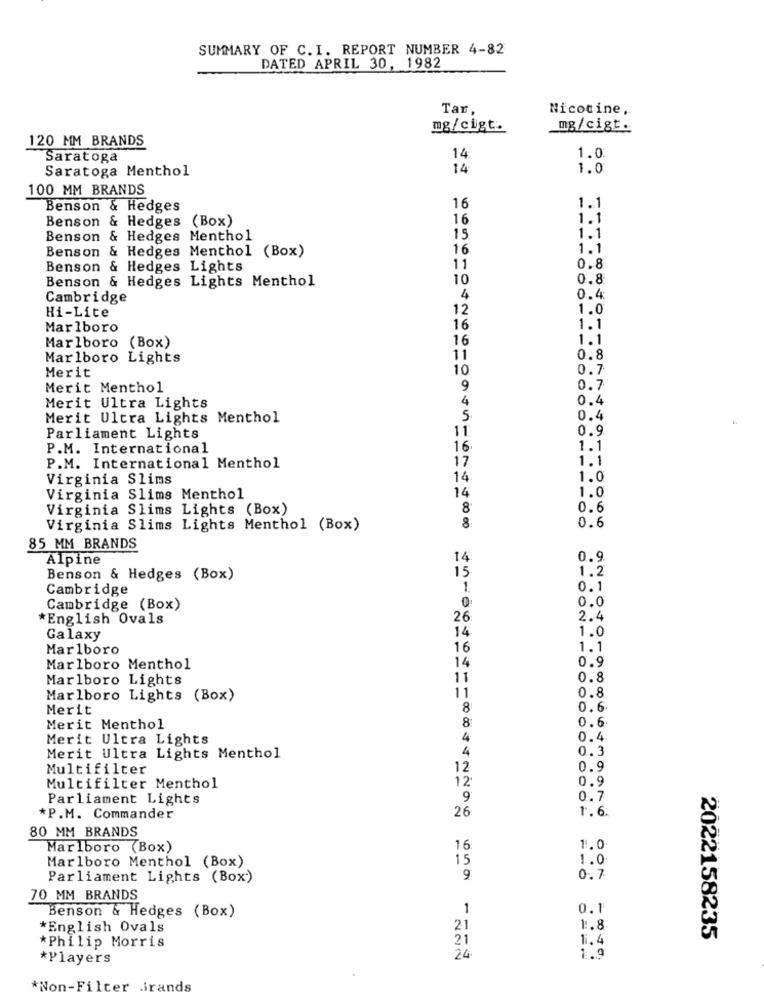
SUMMARY OF C. I. REPORT NUMBER 4-82
DATED APRIL 30, 1982
Tar,
Nicotine,
mg/cigt.
mg/cigt.
120 MM BRANDS
Saratoga
14
1.0
Saratoga Menthol
14
1.0
100 MM BRANDS
Benson & Hedges
16
1.1
Benson & Hedges (Box)
16
1.1
1.1
Benson & Hedges Menthol
15
Benson & Hedges Menthol (Box)
16
1.1
Benson & Hedges Lights
11
0.8
Benson & Hedges Lights Menthol
10
0.8
Cambridge
4
0.4
12
1.0
Hi-Lite
Marlboro
16
1.1
16
1.1
Marlboro (Box)
Marlboro Lights
11
0.8
Merit
10
0.7
Merit Menthol
9
0.7
4
0.4
Merit Ultra Lights
Merit Ultra Lights Menthol
5
0.4
11.
0.9
Parliament Lights
P.M. International
16
1.1
17
1.1
P.M. International Menthol
Virginia Slims
14
1.0
14
1.0
Virginia Slims Menthol
Virginia Slims Lights (Box)
8
0.6
Virginia Slims Lights Menthol (Box)
0.6
85 MM BRANDS
Alpine
14
0.9
15
1.2
Benson & Hedges (Box)
Cambridge
1.
0.1
0.0
Cambridge (Box)
*English Ovals
26
2.4
1.0
Galaxy
14
Marlboro
16
1.1
0.9
Marlboro Menthol
14
Marlboro Lights
11
0.8
0.8
Marlboro Lights (Box)
11
Merit
8
0.6
Merit Menthol
8:
0.6
Merit Ultra Lights
4
0.4
4
0.3
Merit Ultra Lights Menthol
Multifilter
12
0.9
0.9
Multifilter Menthol
12
Parliament Lights
9:
0.7
1.6.
*P.M. Commander
26
80 MM BRANDS
Marlboro (Box)
16
1.0
Marlboro Menthol (Box)
15
1.0
Parliament Lights (Box')
9
0.7
70 MM BRANDS
Benson & Hedges (Box)
1
0.1
*English Ovals
21
1 :. 8
21
1.4
2022158235
*Philip Morris
*Players
24
1.9
*Non-Filter Grands